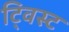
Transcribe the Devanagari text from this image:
टि्वस्ट